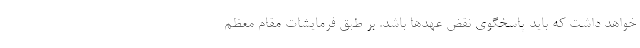
خواهد داشت که باید پاسخگوی نقض عهدها باشد. بر طبق فرمایشات مقام معظم